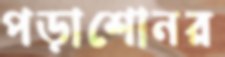
পড়াশোনর